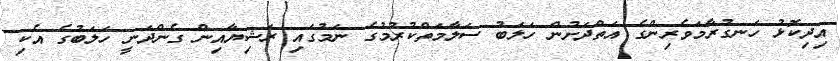
އިދިކޮޅު ހަނގުރާމަވެރިންގެ އަތްދަށުން ހަލަބު ސަލާމަތްކުރުމުގެ ނަމުގައި ރަޝިޔާއިން ގެންދަނީ ހަލަބުގެ އެކި